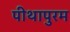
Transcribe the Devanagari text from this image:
पीथापुरम